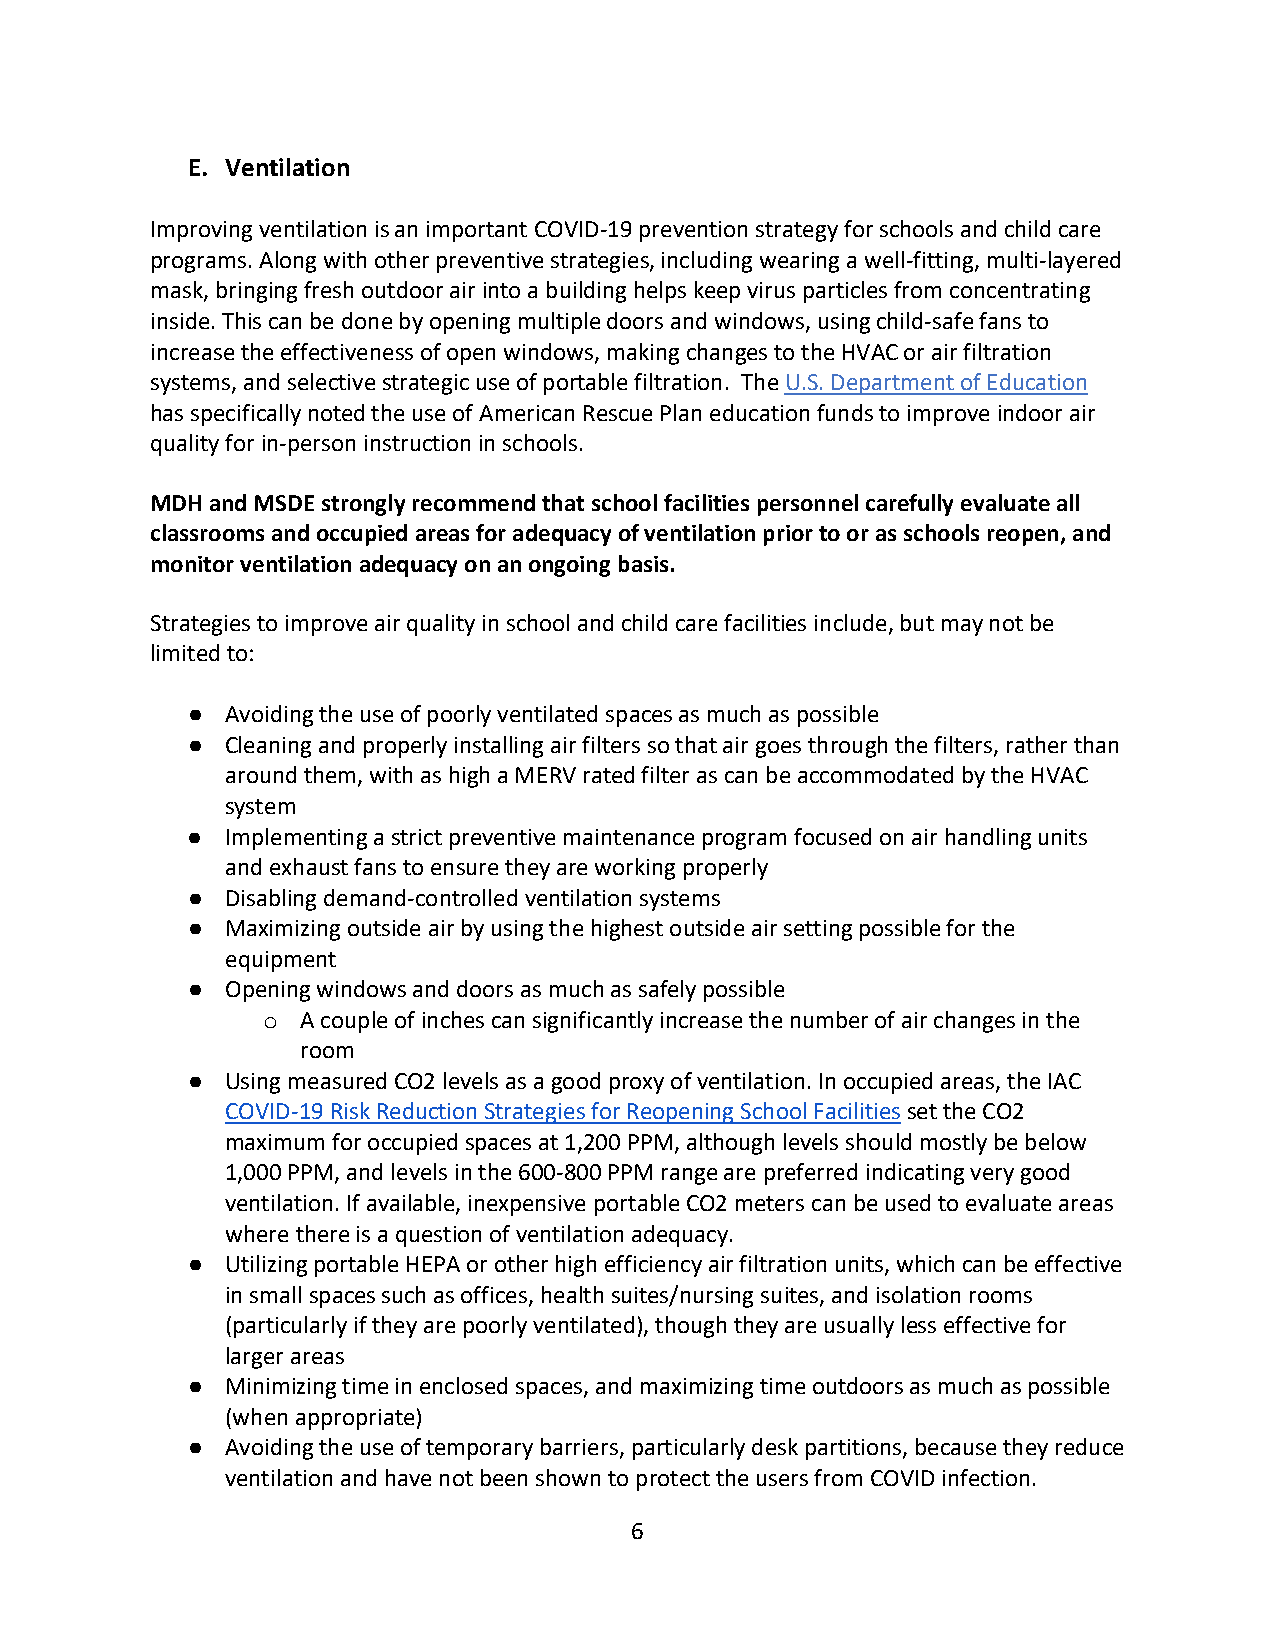
E. Ventilation
 Improving ventilation is an important COVID-19 prevention strategy for schools and child care
 programs. Along with other preventive strategies, including wearing a well-fitting, multi-layered
 mask, bringing fresh outdoor air into a building helps keep virus particles from concentrating
 inside. This can be done by opening multiple doors and windows, using child-safe fans to
 increase the effectiveness of open windows, making changes to the HVAC or air filtration
 systems, and selective strategic use of portable filtration. The U.S. Department of Education
 has specifically noted the use of American Rescue Plan education funds to improve indoor air
 quality for in-person instruction in schools.
 MDH and MSDE strongly recommend that school facilities personnel carefully evaluate all
 classrooms and occupied areas for adequacy of ventilation prior to or as schools reopen, and
 monitor ventilation adequacy on an ongoing basis.
 Strategies to improve air quality in school and child care facilities include, but may not be
 limited to:
 ●  Avoiding the use of poorly ventilated spaces as much as possible
 ●  Cleaning and properly installing air filters so that air goes through the filters, rather than
 around them, with as high a MERV rated filter as can be accommodated by the HVAC
 system
 ●  Implementing a strict preventive maintenance program focused on air handling units
 and exhaust fans to ensure they are working properly
 ●  Disabling demand-controlled ventilation systems
 ●  Maximizing outside air by using the highest outside air setting possible for the
 equipment
 ●  Opening windows and doors as much as safely possible
 A couple of inches can significantly increase the number of air changes in the
 o
 room
 ●  Using measured CO2 levels as a good proxy of ventilation. In occupied areas, the IAC
 COVID-19 Risk Reduction Strategies for Reopening School Facilities set the CO2
 maximum for occupied spaces at 1,200 PPM, although levels should mostly be below
 1,000 PPM, and levels in the 600-800 PPM range are preferred indicating very good
 ventilation. If available, inexpensive portable CO2 meters can be used to evaluate areas
 where there is a question of ventilation adequacy.
 ●  Utilizing portable HEPA or other high efficiency air filtration units, which can be effective
 in small spaces such as offices, health suites/nursing suites, and isolation rooms
 (particularly if they are poorly ventilated), though they are usually less effective for
 larger areas
 ●  Minimizing time in enclosed spaces, and maximizing time outdoors as much as possible
 (when appropriate)
 ●  Avoiding the use of temporary barriers, particularly desk partitions, because they reduce
 ventilation and have not been shown to protect the users from COVID infection.
 6